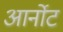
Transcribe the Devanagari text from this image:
आर्नोट